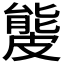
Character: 𥀍